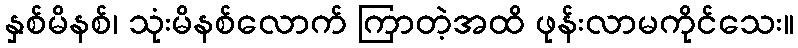
နှစ်မိနစ်၊ သုံးမိနစ်လောက် ကြာတဲ့အထိ ဖုန်းလာမကိုင်သေး။